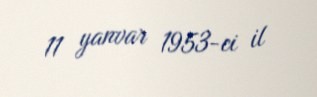
11 yanvar 1953-ci il